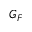
G _ { F }